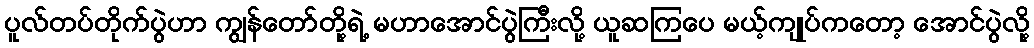
ပူလ်တပ်တိုက်ပွဲဟာ ကျွန်တော်တို့ရဲ့ မဟာအောင်ပွဲကြီးလို့ ယူဆကြပေ မယ့်ကျုပ်ကတော့ အောင်ပွဲလို့